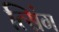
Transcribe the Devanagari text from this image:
त्सिंग